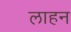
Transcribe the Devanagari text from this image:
लाहन